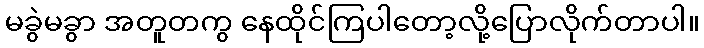
မခွဲမခွာ အတူတကွ နေထိုင်ကြပါတော့လို့ပြောလိုက်တာပါ။